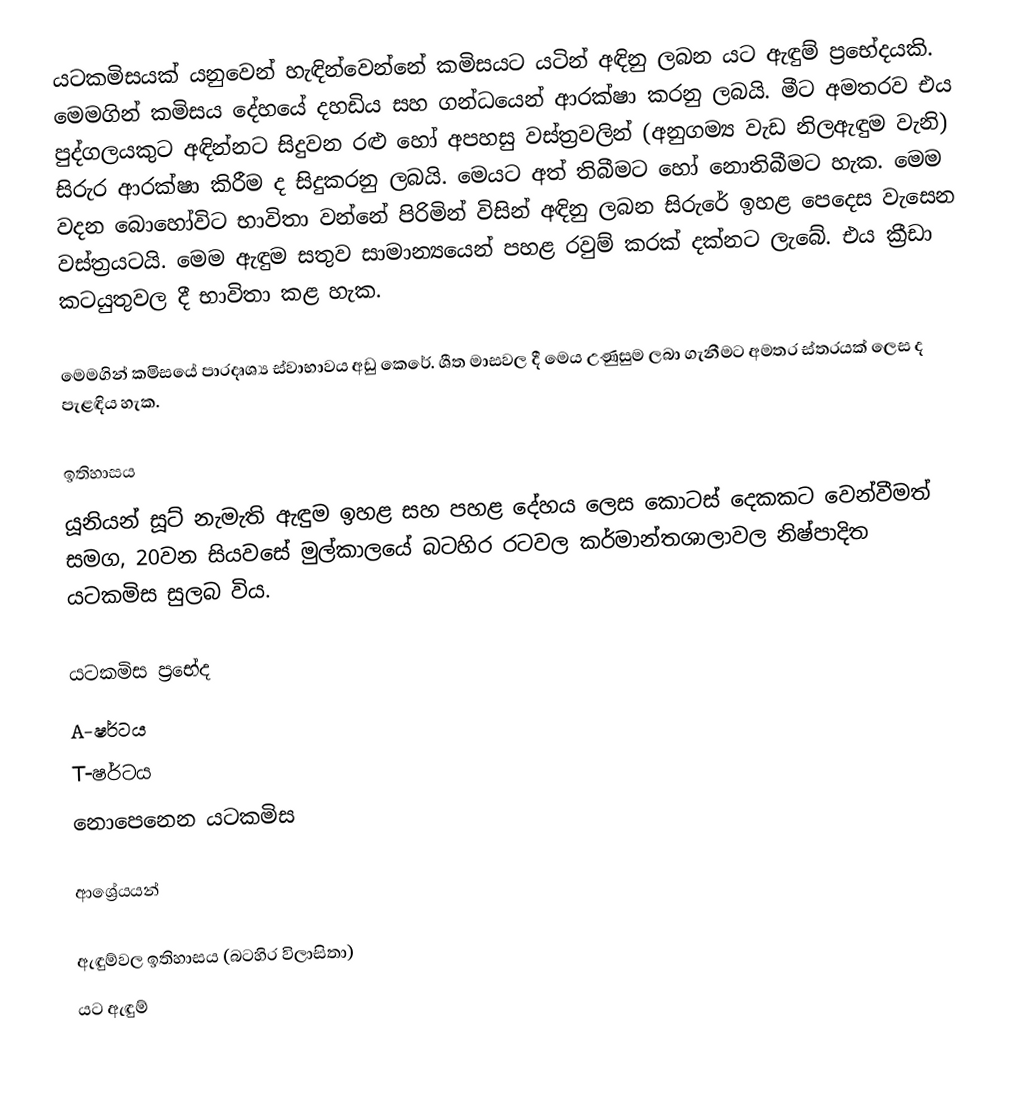
යටකමිසයක් යනුවෙන් හැඳින්වෙන්නේ කමිසයට යටින් අඳිනු ලබන යට ඇඳුම් ප්‍රභේදයකි.‍ මෙමගින් කමිසය දේහයේ දහඩිය සහ ගන්ධයෙන් ආරක්ෂා කරනු ලබයි. මීට අමතරව එය පුද්ගලයකුට අඳින්නට සිදුවන රළු හෝ අපහසු වස්ත්‍රවලින් (අනුගම්‍ය වැඩ නිලඇඳුම වැනි) සිරුර ආරක්ෂා කිරීම ද සිදුකරනු ලබයි. මෙයට අත් තිබීමට හෝ නොතිබීමට හැක. මෙම වදන බොහෝවිට භාවිතා වන්නේ පිරිමින් විසින් අඳිනු ලබන සිරුරේ ඉහළ පෙදෙස වැසෙන වස්ත්‍රයටයි. මෙම ඇඳුම සතුව සාමාන්‍යයෙන් පහළ රවුම් කරක් දක්නට ලැබේ. එය ක්‍රීඩා කටයුතුවල දී භාවිතා කළ හැක.

මෙමගින් කමිසයේ පාරදෘශ්‍ය ස්වාභාවය අඩු කෙරේ. ශීත මාසවල දී මෙය උණුසුම ලබා ගැනීමට අමතර ස්තරයක් ලෙස ද පැළඳිය හැක.

ඉතිහාසය
යූනියන් සූට් නැමැති ඇඳුම ඉහළ සහ පහළ දේහය ලෙස කොටස් දෙකකට වෙන්වීමත් සමග, 20වන සියවසේ මුල්කාලයේ බටහිර රටවල කර්මාන්තශාලාවල නිෂ්පාදිත යටකමිස සුලබ විය.

යටකමිස ප්‍රභේද
 A-ෂර්ටය
 T-ෂර්ටය
 නොපෙනෙන යටකමිස

ආශ්‍රේයයන්

ඇඳුම්වල ඉතිහාසය (බටහිර විලාසිතා)
යට ඇඳුම්